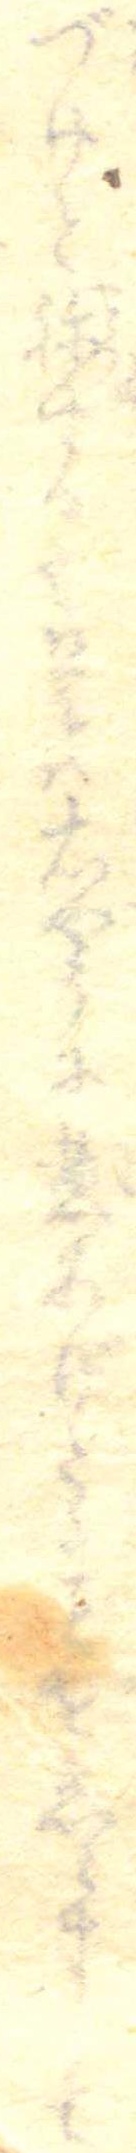
づけと称する也是は右やうに煮あげたるをしらすして